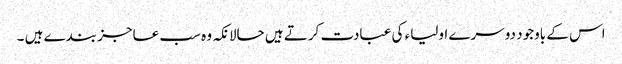
اس کے باوجود دوسرے اولیاء کی عبادت کرتے ہیں حالانکہ وہ سب عاجز بندے ہیں ۔